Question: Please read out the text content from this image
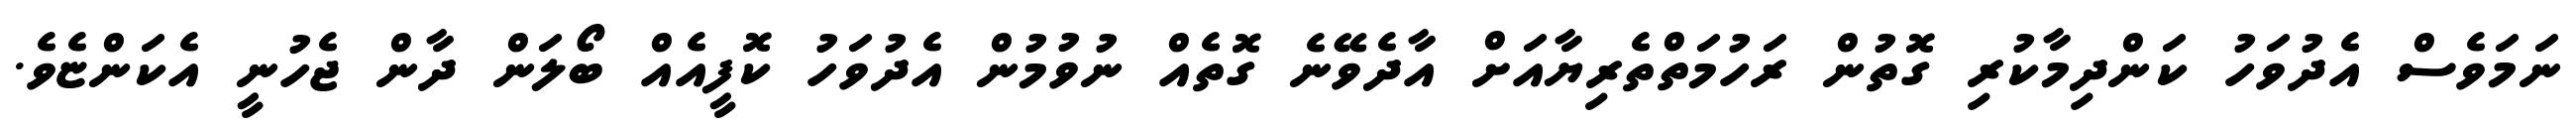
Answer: ނަމަވެސް އެދުވަހު ކަންދިމާކުރި ގޮތުން ރަހުމަތްތެރިޔާއަށް އާދެވޭނެ ގޮތެއް ނުވުމުން އެދުވަހު ކޮފީއެއް ބޯލަން ދާން ޖެހުނީ އެކަންޏެވެ.